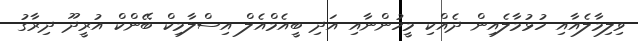
ވިލިމާލެއާއި ހުޅުމާލެއިން ދެއްކި މީހުންނާއި އަދި ބީއެމްއެލް އިސްލާމިކް ބޭންކް އުރީދޫ ދިރާގު